Vital statistics of India. Vol. VI, European troops 1870-79
Year: 1870
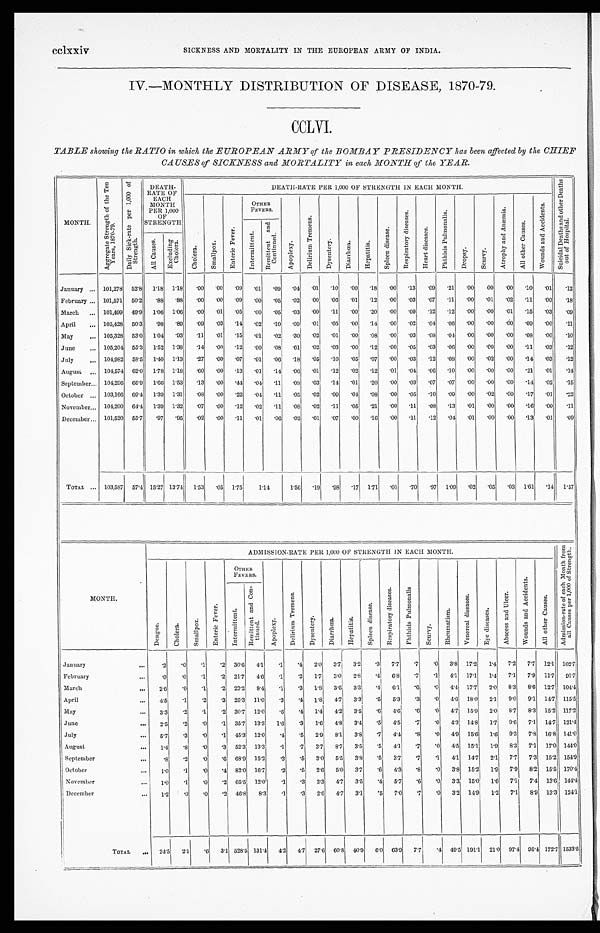
IV.—MONTHLY DISTRIBUTION OF DISEASE, 1870-79.
CCLVI.
TABLE showing the RATIO in which the EUROPEAN ARMY of the BOMBAY PRESIDENCY has been affected by the CHIEF
CAUSES of SICKNESS and MORTALITY in each MONTH of the YEAR.
MONTH.
A v e r a g e s t r e n g t h o f t h e T e n Y e a r s , 1 8 7 0 - 7 9 .
D a i l y S i c k - r a t e p e r 1 , 0 0 0 o f S t r e n g t h
DEATH-
RATE OF
EACH
MONTH
PER 1,000
O F
STRENGTH
D E A T H R A T E P E R 1 , 0 0 0 O F S T R E N G T H I N E A C H M O N T H .
S u i c i d a l D e a t h s a n d o t h e r D e a t h s o u t o f H o s p i t a l .
C h o l e r a .
S m a l l p o x .
E n t e r i c F e v e r .
Other Fevers.
A p o p l e x y .
D e l i r i u m T r e m e n s .
D y s e n t e r y .
D i a r r h œ a .
H e p a t i t i s .
S p l e e n d i s e a s e .
R e s p i r a t o r y d i s e a s e s .
H e a r t d i s e a s e s .
P h t h i s i s P u l m o n a l i s .
D r o p s y .
S c u r v y .
A t r o p h y a n d A n æ m i a .
A l l o t h e r C a u s e s .
W o u n d s a n d A c c i d e n t s .
I n t e r m i t t e n t .
R e m i t t e n t a n d C o n t i n u e d .
A l l C a u s e s .
Excluding
Cholera.
January
101,278
52.8
1.18
1.18
.00
. 0 0 .09
.01
.09
.04
.01
.10
.00
.18
.00
.13
.09
.21
.00
.00
.00
.10
.01
.12
February
101,571
50.2
.88
.88
.00
. 0 0 .09
.00
.05
.02
.00
.06
.01
.12
.00
.03
.07
.11
.00
.01
.02
.11
.00
.18
I
March
101,499
49.9
1.06
1.06
.00
. 0 1 .05
.00
.05
.03
.00
.11
.00
.20
.00
.09
.12
.12
.00
.00
.01
.15
.03
.09
April
105,428
50.3
.98
.89
.09
. 0 3 .14
.02
.10
.09
.01
.05
.00
.14
.00
.02
.04
.06
-00
.00
. 00
.09
.00
.11
May
105,328
53.0
1.04
.93
.11
. 0 1 .15
.01
.02
.30
.02
.01
.00
.08
.00
.03
.08
.04
.00
.00
.00
.08
.00
.10
June
105,204
55.3
1.52
1.38
.14
. 0 0 .12
.00
.08
.61
.02
.03
.00
.12
.00
. 05
.03
.06
.00
.00
.00
.11
.03
.12
July
104,982
58.5
1.40
1.13
.27
. 0 0 .07
.01
.06
.18
.05
.10
.05
.07
.00
.03
. 12
.08
.00
.02
.00
.14
.03
.12
August
104,574
62.0
1.78
1.18
.60
. 0 0 .13
.01
.14
.06
.01
.12
.02
.12
.01
.04
.06
.10
.00
.00
.00
.21
.01
.14
September
104,296
66.9
1.66
1.53
.13
. 0 0 .44
.04
.11
. 08
.03
.14
.01
.20
.00
.03
.07
.07
.00
.00
.00
.14
.02
.15
October
103,166
69.4
1.39
1.31
. 08
. 0 0 .22
.04
.11
.05
.02
.09
.04
.08
.00
.05
.10
.09
.00
.02
.00
.17
.01
.22
November.
104,200
64.4
1.39
1.32
.07
. 0 0 .12
.02
.11
.08
.02
.11
.05
.21
.00
.11
. 08
.13
.01
.00
.00
.16
.00
.11
December
101,520
55.7
.97
.95
.02
. 0 0
.11
.01
.06
.02
.01
.07
.00
.16
.00
.11
.12
.04
.01
.00
.00
.13
.01
.09
TOTAL
...
103,587
57.4
15.27
13.74
1.53
. 0 5 1.75
1.14
1.56
.19
.98
.17
1.71
.01
.70
.97
1.09
.02
.05
.03
1.61
.14
1.57
ADMISSION-RATE PER 1,000 OF STRENGTH IN EACH
MONTH.
A d m i s s i o n - r a t e o f e a c h M o n t h f r o m a l l c a u s e s p e r 1 , 0 0 0 o f S t r e n g t h .
MONTH.
D e n g u e .
C h o l e r a .
S m a l l p o x .
E n t e r i c F e v e r .
OTHER
FEVERS.
A p o p l e x y .
Del i r i um Tr emens.
D y s e n t e r y .
D i a r r h œ a .
H e p a t i t i s .
S p l e e n d i s e a s e .
R e s p i r a t o r y d i s e a s e s .
P h t h i s i s P u l m o n a l i s .
S c u r v y
Rheumatism
Vener eal di seases
E y e d i s e a s e s
A b s c e s s a n d U l c e r
W o u n d s a n d A c c i d e n t s
Al l ot her Causes
Int ermi t t ent .
Re mi t t e n t a n d Co n t i n u e d .
January
...
.2
.0
.1
.2
30.6
4.1
.1
. 4 2.0
3.7
3.2
.3
7.7
.7
.0
3.8
17.2
1.4
7.2
7.7
12.1
102.7
February
...
.0
.0
.1
.2
21.7
4.6
.1
. 2 1.7
3.0
2.8
.4
6.8
.7
.1
4.1
17.1
1.4
7.1
7.9
11.7
91.7
March
...
2. 6
.0
.1
.2
23.2
8.4
.1
. 3 1.8
3.6
3.3
.4
6.1
.6
.0
4.4
17.7
2.0
8.3
8.6
12.7
104.4
April
...
4.5
.1
.2
.3
25.3
11.0
.3
. 4
1.8
4.7
3.3
.5
5.3
.3
.0
4.6
18.0
2.1
9.0
9 . 1
14.7
115.5
M a y
...
3.3
.2
.1
.2
30.7
12.0
.6
. 4 1.4
4.2
3.5
.6
4.6
.6
.0
4.7
15.9
2.0
8.7
8.3
15.2
117.2
June
...
2.5
.2
.0
.1
35.7
13.3
1.6
. 3 1.6
4.8
3.4
.5
4.5
.7
.0
4.3
14.8
1.7
9.6
7.1
14.7
121.4
July
...
5.7
.3
.0
.1
45.3
12.0
.4
. 5 2.9
8.1
3.8
.7
4.4
.8
.0
4.9
15.6
1.6
9.3
7.8
16.8
141.0
August
...
1.4
.8
.0
.3
52.3
13.3
.1
. 7 3.7
8.7
3.5
.5
4.1
.7
.0
4.5
15.1
1.9
8.3
7.1
17.0
144.0
September
...
.8
.2
.0
.6
68.9
15.2
.3
. 5 3.0
5.5
3.8
.5
3.7
.7
.1
4.1
14.7
2.1
7.7
7.3
15.2
154.9
October
...
1. 0
.1
.0
.4
82.0
16.7
.2
. 5 2.6
5.0
3.7
.6
4.3
.8
.0
3.8
15.2
1.9
7.9
8.2
15.5
170.4
November
...
1. 0
1
.0
.2
65.5
12.0
.1
. 3 2.3
4.7
3.5
.4
5.7
.6
.0
3.3
15.0
1.6
7.1
7.4
13.6
144.4
December
...
1.2
.0
.0
.2
46.8
8.3
.1
. 3 2.6
4.7
3.1
.5
7.0
.7
.0
3.2
14.9
1.2
7.1
8.9
13.3
124.1
TOTAL
...
24.5
2.1
.6
3.1
528.5
131.4
4.2
4.7
27.6
60.8
40.9
6.0
63.9
7.7
.4
49.5
191.1
21.0
97.4
95.4
172.7
1533.5